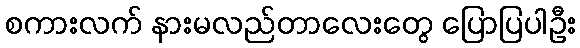
စကားလက် နားမလည်တာလေးတွေ ပြောပြပါဦး